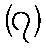
(၇)